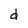
Character: d